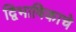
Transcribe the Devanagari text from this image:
द्विभाषिकाचे